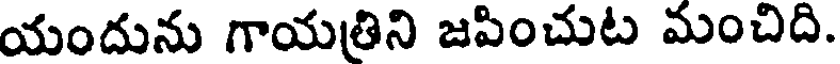
యందును గాయత్రిని జపించుట మంచిది.